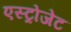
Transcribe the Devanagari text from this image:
एस्‍ट्रोजेट